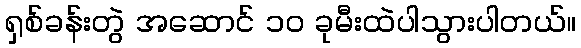
ရှစ်ခန်းတွဲ အဆောင် ၁၀ ခုမီးထဲပါသွားပါတယ်။